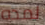
لمده